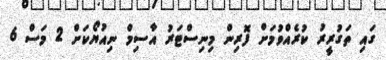
ގައި ތަގުރީރު ކުރެއްވުމަށް ފޮރިން މިނިސްޓަރު އާސިމް ނިއުޔޯކަށް 2 މަސް 6